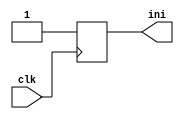
module init(input wire clk, output ini);

//-- Inicializar la salida a 0 (se pone para que funcione en simulacin)
//-- En sntesis siempre estar a cero con independencia del valor que pongamos
reg ini = 0;
  
//-- En cada flanco de subida se saca un "1" por la salida
always @(posedge(clk))
  ini <= 1;

endmodule